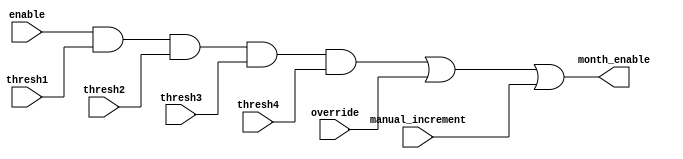
`timescale 1ns / 1ps
//////////////////////////////////////////////////////////////////////////////////
// Company: 
// Engineer: 
// 
// Design Name: 
// Module Name: month_enabler
// Project Name: 
// Target Devices: 
// Tool Versions: 
// Description: 
// 
// Dependencies: 
// 
// Revision:
// Revision 0.01 - File Created
// Additional Comments:
// 
//////////////////////////////////////////////////////////////////////////////////


module month_enabler(input enable,input thresh1, input thresh2, input thresh3, input thresh4, 
input manual_increment, input override, output month_enable
    );
    
    assign month_enable = (enable && thresh1 && thresh2 && thresh3 && thresh4) || override || manual_increment;
    
    
    
endmodule